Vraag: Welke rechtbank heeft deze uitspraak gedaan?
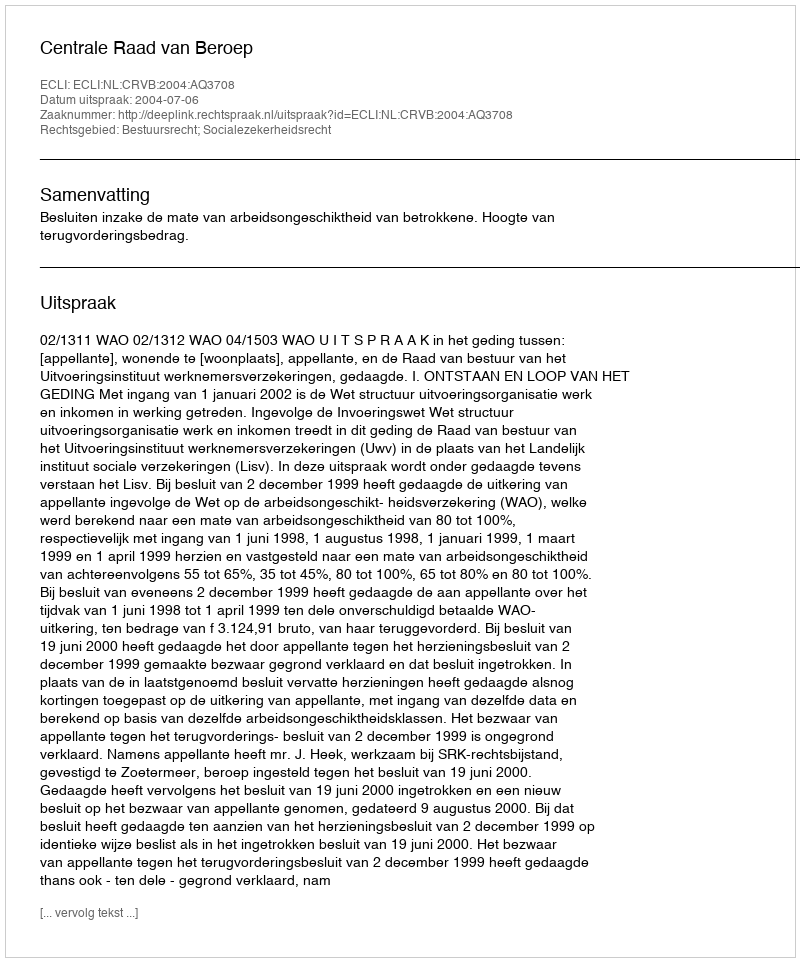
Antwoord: Centrale Raad van Beroep